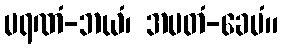
မရဏံ-ဘယံ၊ အမတံ-ခေမံ။